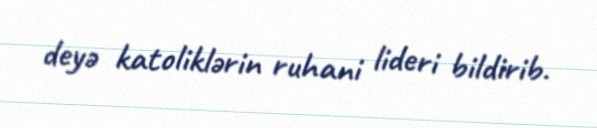
deyə katoliklərin ruhani lideri bildirib.